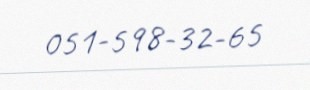
051-598-32-65